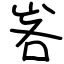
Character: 峉